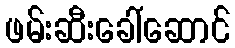
ဖမ်းဆီးခေါ်ဆောင်